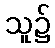
သူ၌